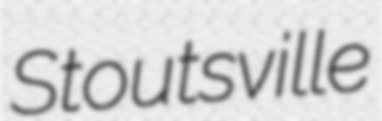
Stoutsville